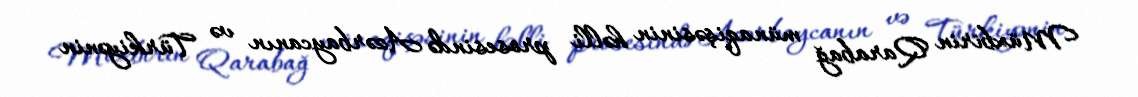
Müxbirin Qarabağ münaqişəsinin həlli prosesində Azərbaycanın və Türkiyənin